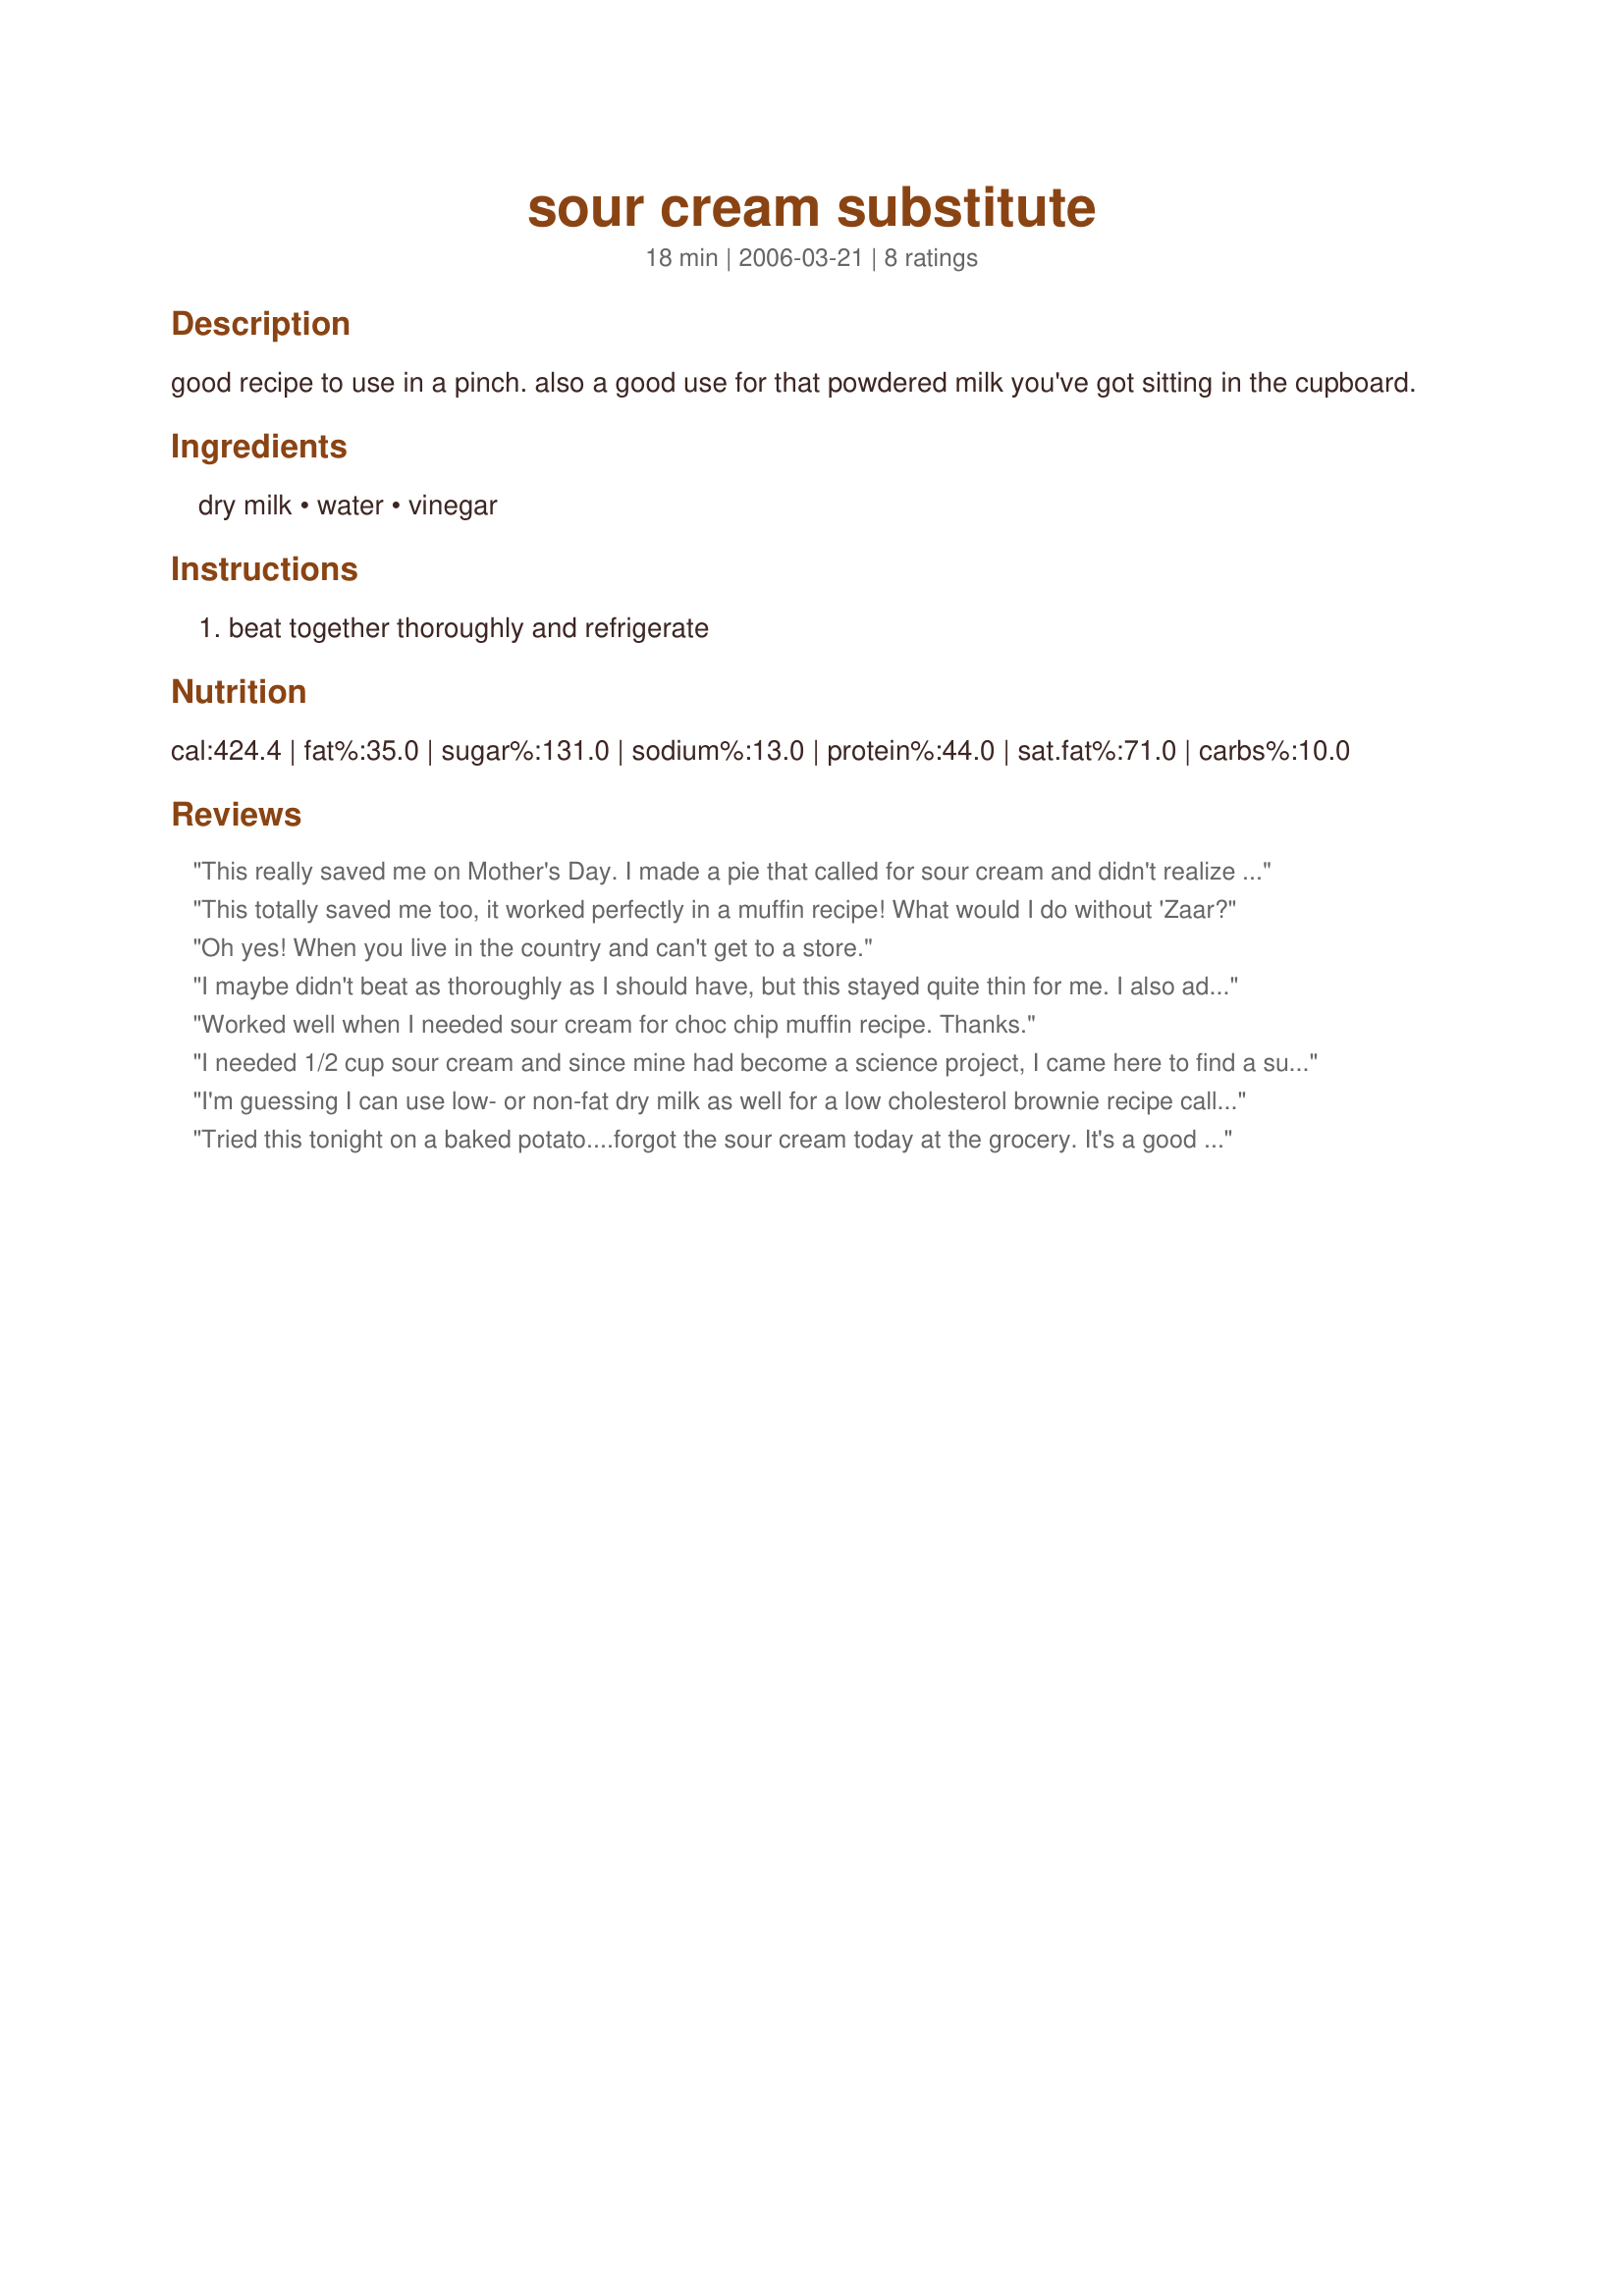
sour cream substitute
Preparation time: 18 minutes

good recipe to use in a pinch. also a good use for that powdered milk you've got sitting in the cupboard.

Ingredients:
dry milk, water, vinegar

Steps:
beat together thoroughly and refrigerate

Reviews:
This really saved me on Mother's Day. I made a pie that called for sour cream and didn't realize I had used all the sour cream until I had already started mixing the ingredients for the pie. It saved me a trip to the store!
This totally saved me too, it worked perfectly in a muffin recipe! What would I do without 'Zaar?
Oh yes! When you live in the country and can't get to a store.
I maybe didn't beat as thoroughly as I should have, but this stayed quite thin for me. I also added another tsp of vinegar because after taste-testing it, it still just tasted like powdered milk. It worked okay in the recipe I used it in, but it didn't really replace the flavour. I'm going to try this again though, because like Montana Heart Song said, it's great for rural cooks who forgot to put sour cream on the grocery list and can't just 'nip' out to the store in the middle of a recipe!!
Worked well when I needed sour cream for choc chip muffin recipe. Thanks.
I needed 1/2 cup sour cream and since mine had become a science project, I came here to find a substitution. This worked very well in the gingerbread pound cake I just took out of the oven. The cake is moist and dense like a pound cake should be. Thanks for the time saver! :) <br/>Update: 1/1/13, The cake is wonderful! Hubby liked it so much that he wanted no powder sugar or the glaze I made, so it's definitely moist. I'd say the "faux" sour cream was right on point. Thanks again!
I'm guessing I can use low- or non-fat dry milk as well for a low cholesterol brownie recipe calling for non-fat sour cream. Thank you!
Tried this tonight on a baked potato....forgot the sour cream today at the grocery. It's a good standby! The consistency is a bit questionable, but once mixed into/onto the potatoe, it was fine. Thanks for a good sub.
